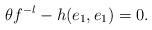
LaTeX: \begin{align*}\theta f^{-l}-h(e_1,e_1)=0. \end{align*}